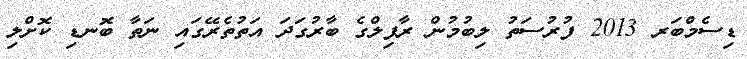
ޑިސެމްބަރ 2013 ފުރުސަތު ލިބުމުން ރާފިލްގެ ބާރުގަދަ އަތުތެރޭގައި ނަތާ ބޮނޑި ކޮށްލި